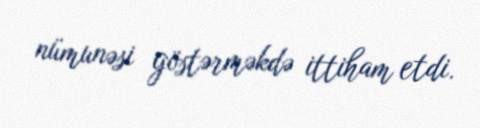
nümunəsi göstərməkdə ittiham etdi.